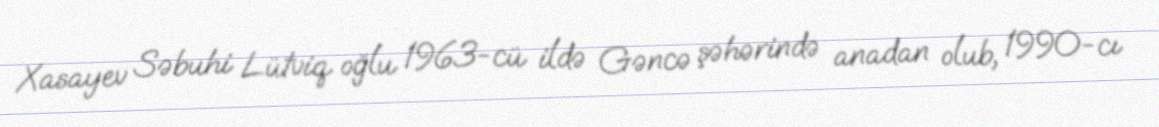
Xasayev Səbuhi Lütviq oğlu 1963-cü ildə Gəncə şəhərində anadan olub, 1990-cı